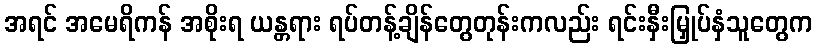
အရင် အမေရိကန် အစိုးရ ယန္တရား ရပ်တန့်ချိန်တွေတုန်းကလည်း ရင်းနှီးမြှုပ်နှံသူတွေက